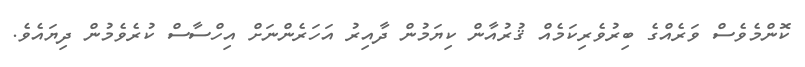
ކޮންމެވެސް ވަރެއްގެ ބިރުވެރިކަމެއް ޤުރުއާން ކިޔަމުން ދާއިރު އަހަރެންނަށް އިހްސާސް ކުރެވެމުން ދިޔައެވެ.